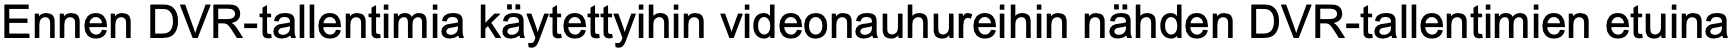
Ennen DVR-tallentimia käytettyihin videonauhureihin nähden DVR-tallentimien etuina